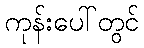
ကုန်းပေါ်တွင်